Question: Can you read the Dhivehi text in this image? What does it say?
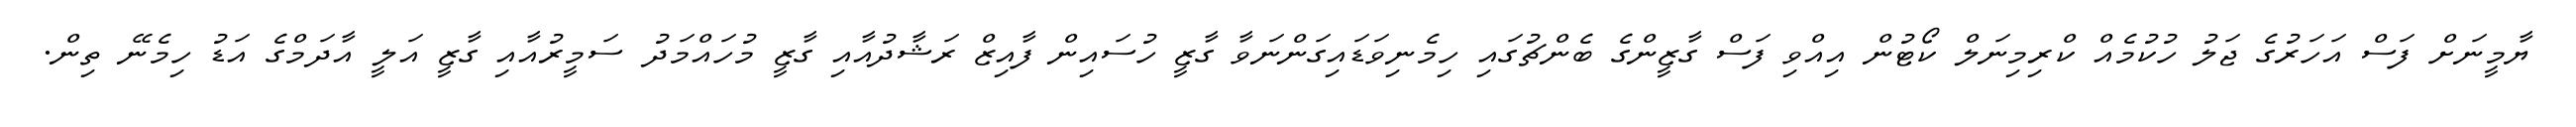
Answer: ޔާމީނަށް ފަސް އަހަރުގެ ޖަލު ހުކުމެއް ކްރިމިނަލް ކޯޓުން އިއްވި ފަސް ގާޒީންގެ ބެންޗުގައި ހިމެނިވަޑައިގަންނަވާ ގާޒީ ހުސައިން ފާއިޒް ރަޝާދުއާއި ގާޒީ މުހައްމަދު ސަމީރުއާއި ގާޒީ އަލީ އާދަމްގެ އަޑު ހިމެނޭ ތިން.